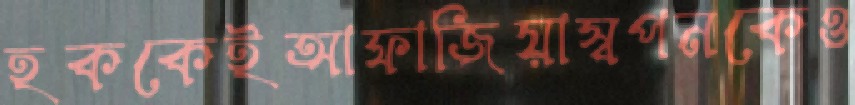
হককেইআফাজিয়াস্বপনকেও